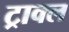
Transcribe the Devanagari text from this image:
ट्राक्ल